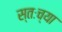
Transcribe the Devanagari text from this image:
स्तःच्या